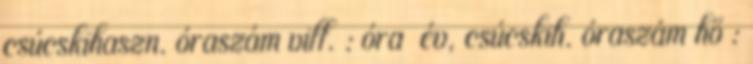
csúcskihaszn. óraszám vill. : óra év, csúcskih. óraszám hő :